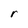
Character: r